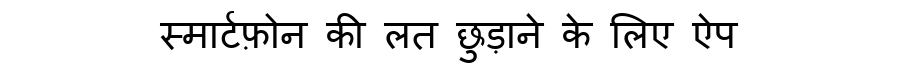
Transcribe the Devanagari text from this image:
स्मार्टफ़ोन की लत छुड़ाने के लिए ऐप